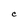
Character: C